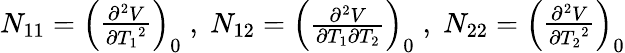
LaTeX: N_{11}=\left(\begin{array}{l}{{{\frac{{\partial^{2}}V}{\partial{T_{1}}^{2}}}}}\end{array}\right)_{0}\; ,\; N_{12}=\left(\begin{array}{l}{{{\frac{{\partial^{2}}V}{\partial{T_{1}}\partial{T_{2}}}}}}\end{array}\right)_{0}\; ,\; N_{22}=\left(\begin{array}{l}{{{\frac{{\partial^{2}}V}{\partial{T_{2}}^{2}}}}}\end{array}\right)_{0}